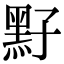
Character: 𪐣